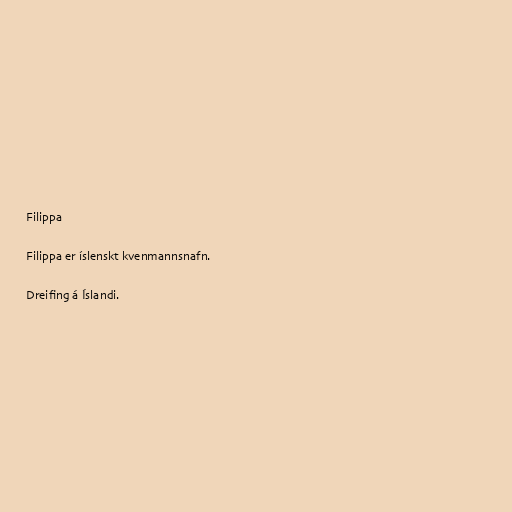
Filippa

Filippa er íslenskt kvenmannsnafn.

Dreifing á Íslandi.